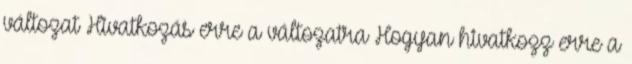
változat Hivatkozás erre a változatra Hogyan hivatkozz erre a